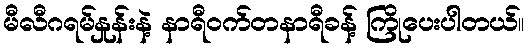
မီလီဂရမ်နှုန်းနဲ့ နာရီဝက်တနာရီခန့် ကြိုပေးပါတယ်။